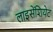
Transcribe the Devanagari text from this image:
लाइसेंशियेट